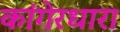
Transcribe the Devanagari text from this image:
कांगेरधारा